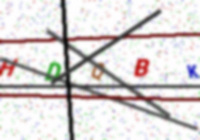
Text: HDQBK